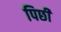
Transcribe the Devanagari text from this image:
पिछी